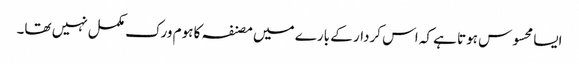
ایسا محسوس ہوتا ہے کہ اس کردار کے بارے میں مصنفہ کا ہوم ورک مکمل نہیں تھا۔